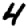
Digit: 4